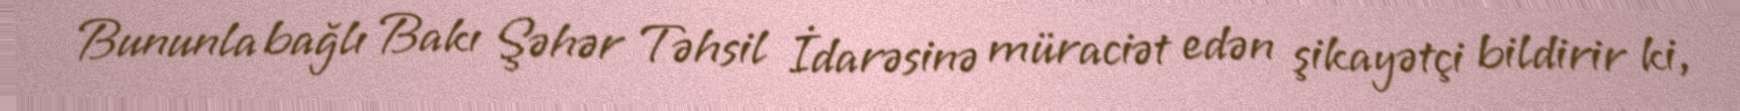
Bununla bağlı Bakı Şəhər Təhsil İdarəsinə müraciət edən şikayətçi bildirir ki,